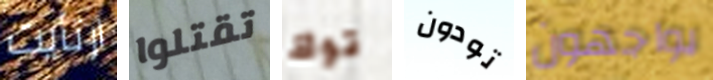
ارتأيت تقتلوا توك تودون يواجهون